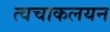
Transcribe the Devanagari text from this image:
त्वचाकलयन